Scientific memoirs by medical officers of the Army of India - Part IX,
Year: 1895
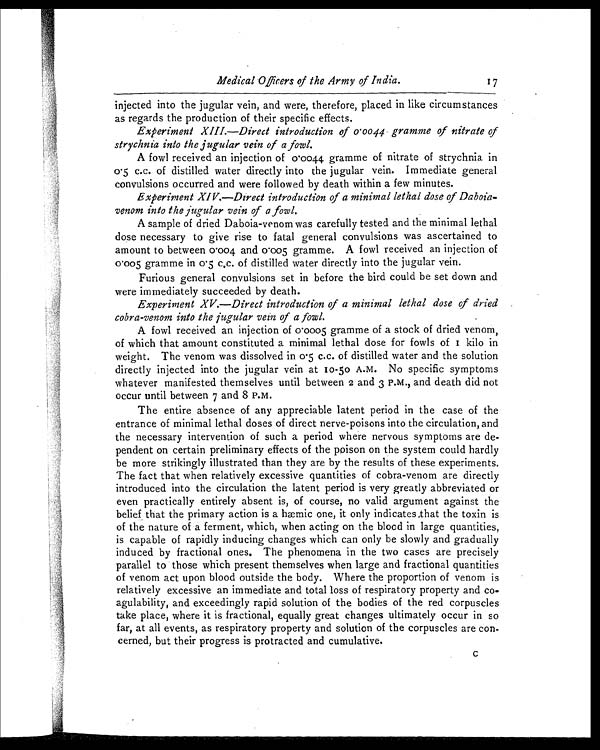
Medical Officers of the Army of India.
I7
injected into the jugular vein, and were, therefore, placed in like circumstances
as regards the production of their specific effects.
Experiment XIII.—Direct introduction of 0.0044 gramme of nitrate of
strychnia into the jugular vein of a fowl.
A fowl received an injection of 0.0044 gramme of nitrate of strychnia in
0.5 c.c. of distilled water directly into the jugular vein. Immediate general
convulsions occurred and were followed by death within a few minutes.
Experiment XIV.—Direct introduction of a minimal lethal dose of Daboia
-venom into the jugular vein of a fowl.
A sample of dried Daboia-venom was carefully tested and the minimal lethal
dose necessary to give rise to fatal general convulsions was ascertained to
amount to between 0.004 and 0.005 gramme. A fowl received an injection of
0.005 gramme in 0.5 c.c. of distilled water directly into the jugular vein.
Furious general convulsions set in before the bird could be set down and
were immediately succeeded by death.
Experiment XV.—Direct introduction of a minimal lethal dose of dried
cobra-venom into the jugular vein of a fowl.
A fowl received an injection of 0.0005 gramme of a stock of dried venom,
of which that amount constituted a minimal lethal dose for fowls of 1 kilo in
weight. The venom was dissolved in 0.5 c.c. of distilled water and the solution
directly injected into the jugular vein at 10-50 A.M. No specific symptoms
whatever manifested themselves until between 2 and 3 P.M., and death did not
occur until between 7 and 8 P.M.
The entire absence of any appreciable latent period in the case of the
entrance of minimal lethal doses of direct nerve-poisons into the circulation, and
the necessary intervention of such a period where nervous symptoms are de
-pendent on certain preliminary effects of the poison on the system could hardly
be more strikingly illustrated than they are by the results of these experiments.
The fact that when relatively excessive quantities of cobra-venom are directly
introduced into the circulation the latent period is very greatly abbreviated or
even practically entirely absent is, of course, no valid argument against the
belief that the primary action is a hæmic one, it only indicates ,that the toxin is
of the nature of a ferment, which, when acting on the blood in large quantities,
is capable of rapidly inducing changes which can only be slowly and gradually
induced by fractional ones. The phenomena in the two cases are precisely
parallel to those which present themselves when large and fractional quantities
of venom act upon blood outside the body. Where the proportion of venom is
relatively excessive an immediate and total loss of respiratory property and co
-agulability, and exceedingly rapid solution of the bodies of the red corpuscles
take place, where it is fractional, equally great changes ultimately occur in so
far, at all events, as respiratory property and solution of the corpuscles are con
-cerned, but their progress is protracted and cumulative.
C